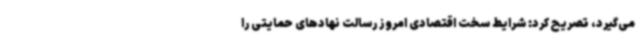
می‌گیرد، تصریح کرد: شرایط سخت اقتصادی امروز رسالت نهادهای حمایتی را